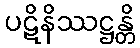
ပဋိနိဿဋ္ဌန္တိ